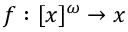
f : [ x ] ^ { \omega } \to x